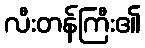
လီးတန်ကြီး၏